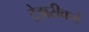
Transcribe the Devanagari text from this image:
ट्रेझरीकडे